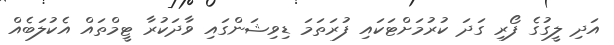
އަދި ލީގުގެ ފޯރި ގަދަ ކުރުމަށްޓަކައި ފުރަތަމަ ޑިވިޝަންގައި ވާދަކުރާ ޓީމްތައް އެކުލަބެއް